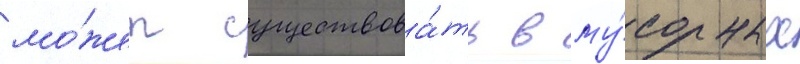
мо́жет существова́ть в му́сорных